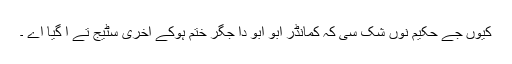
کیوں جے حکیم نوں شک سی کہ کمانڈر ابو ابو دا جگر ختم ہوکے آخری سٹیج تے آ گیا اے ۔